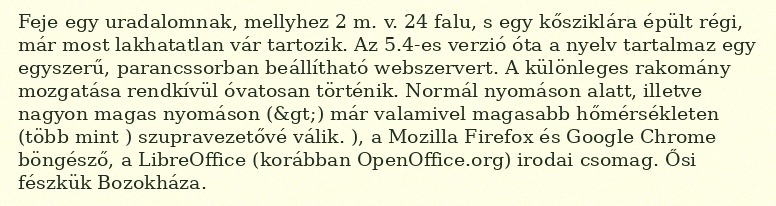
Feje egy uradalomnak, mellyhez 2 m. v. 24 falu, s egy kősziklára épült régi, már most lakhatatlan vár tartozik. Az 5.4-es verzió óta a nyelv tartalmaz egy egyszerű, parancssorban beállítható webszervert. A különleges rakomány mozgatása rendkívül óvatosan történik. Normál nyomáson alatt, illetve nagyon magas nyomáson (&gt;) már valamivel magasabb hőmérsékleten (több mint ) szupravezetővé válik. ), a Mozilla Firefox és Google Chrome böngésző, a LibreOffice (korábban OpenOffice.org) irodai csomag. Ősi fészkük Bozokháza.